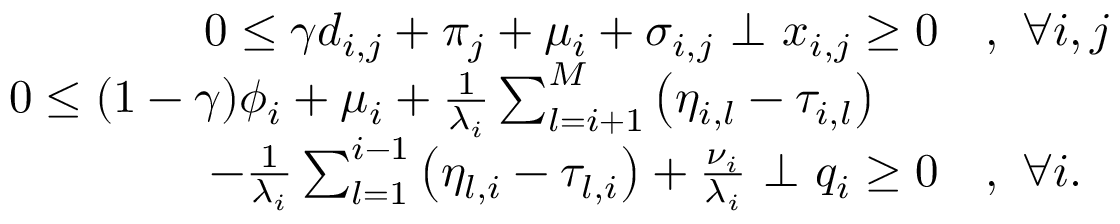
\begin{array} { r l } { 0 \leq \gamma d _ { i , j } + \pi _ { j } + \mu _ { i } + \sigma _ { i , j } ~ \bot ~ x _ { i , j } \geq 0 } & { , ~ \forall i , j } \\ { 0 \leq ( 1 - \gamma ) \phi _ { i } + \mu _ { i } + \frac { 1 } { \lambda _ { i } } \sum _ { l = i + 1 } ^ { M } \left( \eta _ { i , l } - \tau _ { i , l } \right) ~ ~ ~ ~ } & { } \\ { - \frac { 1 } { \lambda _ { i } } \sum _ { l = 1 } ^ { i - 1 } \left( \eta _ { l , i } - \tau _ { l , i } \right) + \frac { \nu _ { i } } { \lambda _ { i } } ~ \bot ~ q _ { i } \geq 0 } & { , ~ \forall i . } \end{array}